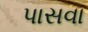
પાસવા